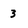
Character: 3